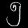
Digit: ၅